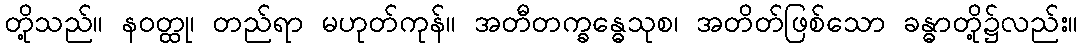
တို့သည်။ နဝတ္ထု၊ တည်ရာ မဟုတ်ကုန်။ အတီတက္ခန္ဓေသုစ၊ အတိတ်ဖြစ်သော ခန္ဓာတို့၌လည်း။